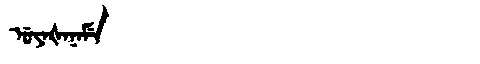
Manchu: ᡠᠶᠠᡧᠠᠨᠠᠮᡝ
Romanization: UYAŠANAME